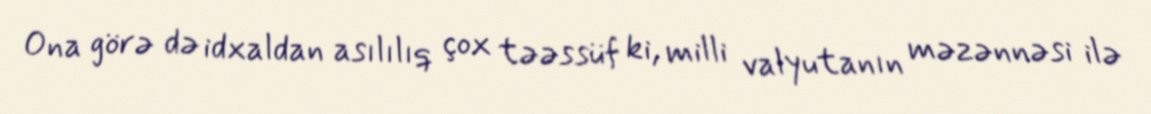
Ona görə də idxaldan asılılıq çox təəssüf ki, milli valyutanın məzənnəsi ilə